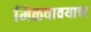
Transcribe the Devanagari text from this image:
मिळवावयाचा